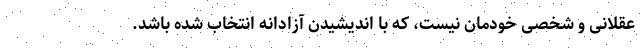
عقلانی و شخصیِ خودمان نیست، که با اندیشیدن آزادانه انتخاب شده باشد.